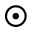
\odot